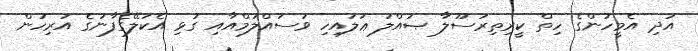
އަދި އެމީހުންގެ ހިތް ކީރިތިރަސޫލާ ޞައްލަ ޢަލައިހި ވަސައްލަމްއާއި ގުޅި އެކަލޭގެފާނުގެ އަރިހުން